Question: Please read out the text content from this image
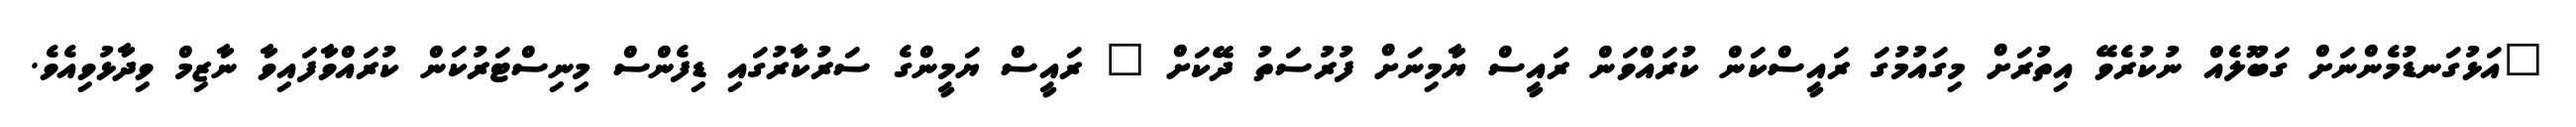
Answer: "އަޅުގަނޑުމެންނަށް ގަބޫލެއް ނުކުރެވޭ އިތުރަށް މިގައުމުގަ ރައީސްކަން ކުރައްވަން ރައީސް ޔާމިނަށް ފުރުސަތު ދޭކަށް " ރައީސް ޔަމީންގެ ސަރުކާރުގައި ޑިފެންސް މިނިސްޓަރުކަން ކުރައްވާފައިވާ ނާޒިމް ވިދާޅުވިއެވެ.